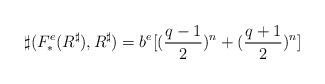
LaTeX: \begin{align*}\sharp(F_*^e(R^{\sharp}),R^{\sharp})=b^e[ ( \frac{q-1}{2})^n + ( \frac{q+1}{2})^n]\end{align*}